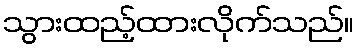
သွားထည့်ထားလိုက်သည်။